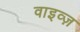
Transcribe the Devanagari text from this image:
वाइव्ज़